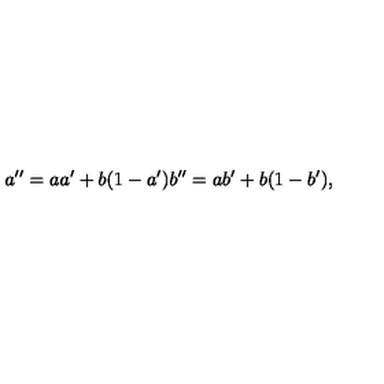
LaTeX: a ^ { \prime \prime } = a a ^ { \prime } + b ( 1 - a ^ { \prime } ) b ^ { \prime \prime } = a b ^ { \prime } + b ( 1 - b ^ { \prime } ) ,